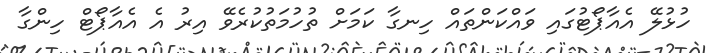
ހުޅުލޭ އެއާޕޯޓުގައި ވައްކަންތައް ހިނގާ ކަމަށް ތުހުމަތުކުރެވޭ އިރު އެ އެއާޕޯޓް ހިންގާ